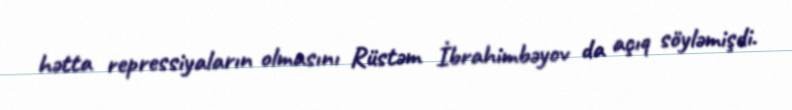
hətta repressiyaların olmasını Rüstəm İbrahimbəyov da açıq söyləmişdi.